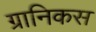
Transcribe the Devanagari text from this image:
ग्रानिकस